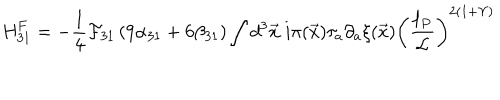
\mathrm { H } _ { 3 1 } ^ { F } = - \frac { 1 } { 4 } { \cal F } _ { 3 1 } \left( 9 \alpha _ { 3 1 } + 6 \beta _ { 3 1 } \right) \int d ^ { 3 } { \vec { x } } \; i \pi ( { \vec { x } } ) \tau _ { a } \partial _ { a } { \xi } ( \vec { x } ) \left( \frac { \ell _ { P } } { { \cal L } } \right) ^ { 2 \left( 1 + \Upsilon \right) }